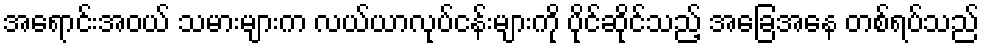
အရောင်းအဝယ် သမားများက လယ်ယာလုပ်ငန်းများကို ပိုင်ဆိုင်သည့် အခြေအနေ တစ်ရပ်သည်